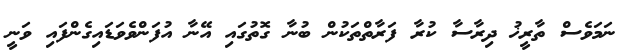
ނަމަވެސް ތާރީޚު ދިރާސާ ކުރާ ފަރާތްތަކުން ބުނާ ގޮތުގައި އޭނާ އުފަންވެވަޑައިގެންފައި ވަނީ